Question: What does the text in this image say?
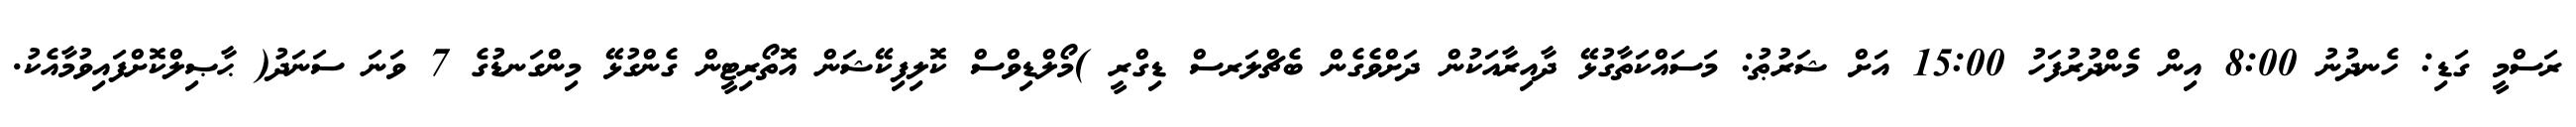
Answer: ރަސްމީ ގަޑި: ހެނދުނު 8:00 އިން މެންދުރުފަހު 15:00 އަށް ޝަރުޠު: މަސައްކަތާގުޅޭ ދާއިރާއަކުން ދަށްވެގެން ބެޗްލަރސް ޑިގްރީ )މޯލްޑިވްސް ކޮލިފިކޭޝަން އޮތޯރިޓީން ގެންގުޅޭ މިންގަނޑުގެ 7 ވަނަ ސަނަދު( ޙާޞިލްކޮށްފައިވުމާއެކު.